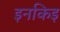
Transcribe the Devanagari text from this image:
इनकिइ